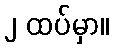
၂ ထပ်မှာ။